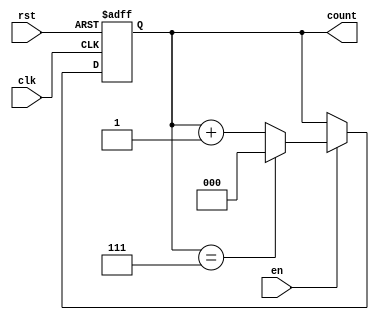
module modulus_counter #(
    parameter N = 8  // Modulus value (must be a power of 2 for simplicity)
)(
    input wire clk,      // Clock signal
    input wire rst,      // Asynchronous reset signal
    input wire en,       // Enable signal
    output reg [$clog2(N)-1:0] count // Count output
);

    // Always block triggered on the rising edge of the clock or when reset is asserted
    always @(posedge clk or posedge rst) begin
        if (rst) begin
            count <= 0; // Reset count to zero
        end else if (en) begin
            if (count == N-1) begin
                count <= 0; // Reset count to zero when modulus is reached
            end else begin
                count <= count + 1; // Increment count
            end
        end
    end

endmodule